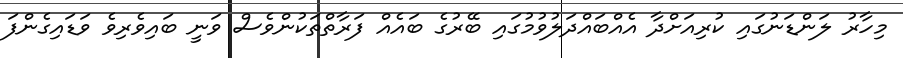
މިހާރު ލަންޑަނުގައި ކުރިއަށްދާ އެއްބައްދަލުވުމުގައި ބޭރުގެ ބައެއް ފަރާތްތަކުންވެސް ވަނީ ބައިވެރިވެ ވަޑައިގެންފަ